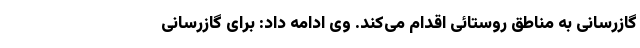
گازرسانی به مناطق روستائی اقدام می‌کند. وی ادامه داد: برای گازرسانی